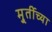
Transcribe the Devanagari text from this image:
मु्र्तीच्या